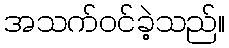
အသက်ဝင်ခဲ့သည်။